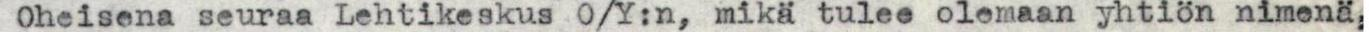
Oheisena seuraa Lehtikeskus O/Y:n, mikä tulee olemaan yhtiön nimenä,